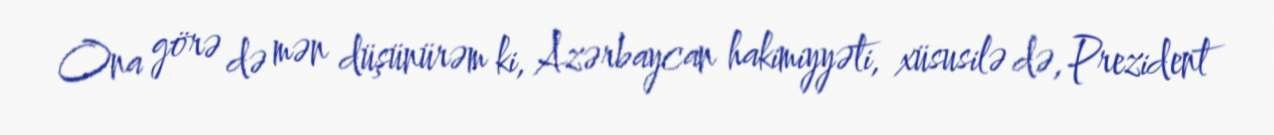
Ona görə də mən düşünürəm ki, Azərbaycan hakimiyyəti, xüsusilə də, Prezident